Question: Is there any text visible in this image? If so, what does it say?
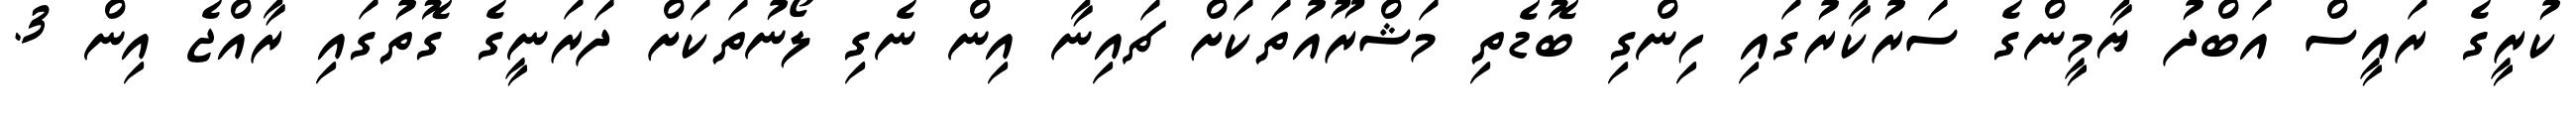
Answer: ކުރީގެ ރައީސް އަބްދު ޔާމީންގެ ސަރުކާރުގައި ހިންގި ބޮޑެތި މަޝްރޫއުތަކަށް ޗައިނާ އިން ނެގި ލޯނުތަކަށް ދަރަނީގެ ގޮތުގައި ރާއްޖެ އިން 3.